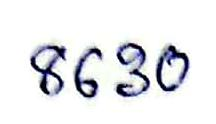
8630